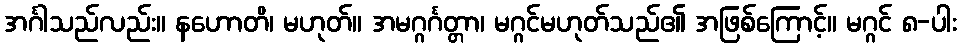
အင်္ဂါသည်လည်း။ နဟောတိ၊ မဟုတ်။ အမဂ္ဂင်္ဂတ္တာ၊ မဂ္ဂင်မဟုတ်သည်၏ အဖြစ်ကြောင့်။ မဂ္ဂင် ၈-ပါး